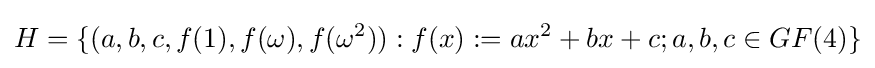
H=\{(a,b,c,f(1),f(\omega ),f(\omega ^{2})):f(x):=ax^{2}+bx+c;a,b,c\in GF(4)\}